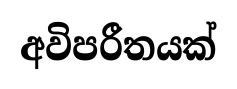
අවිපරීතයක්